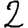
Digit: 2